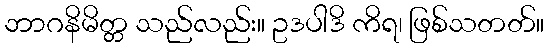
ဘာဂနိမိတ္တ သည်လည်း။ ဥဒပါဒိ ကိရ၊ ဖြစ်သတတ်။